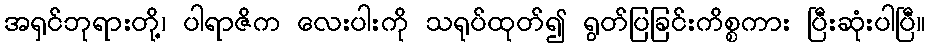
အရှင်ဘုရားတို့၊ ပါရာဇိက လေးပါးကို သရုပ်ထုတ်၍ ရွတ်ပြခြင်းကိစ္စကား ပြီးဆုံးပါပြီ။